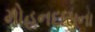
મોહનદાસના